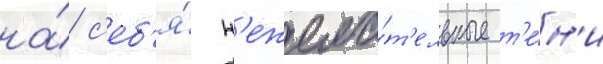
на́ с'еб'я́ н'ежела́т'ельные т'е́н'и